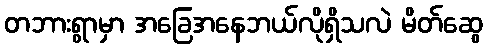
တဘားရွာမှာ အခြေအနေဘယ်လိုရှိသလဲ မိတ်ဆွေ